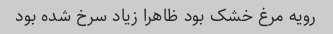
رویه مرغ خشک بود ظاهرا زیاد سرخ شده بود